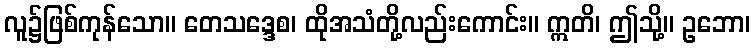
လူ၌ဖြစ်ကုန်သော။ တေသဒ္ဒေစ၊ ထိုအသံတို့လည်းကောင်း။ ဣတိ၊ ဤသို့။ ဥဘော၊